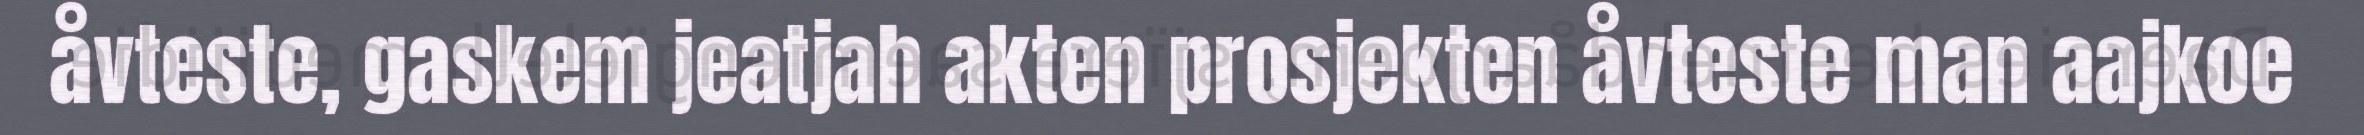
åvteste, gaskem jeatjah akten prosjekten åvteste man aajkoe